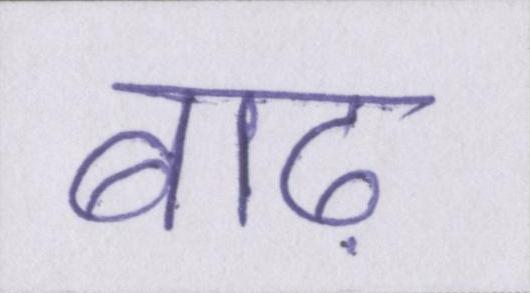
बाढ़